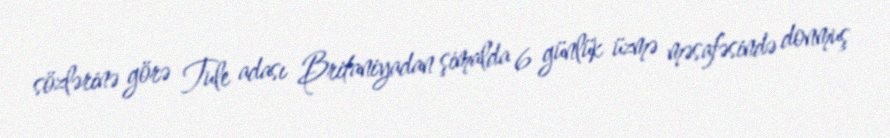
sözlərinə görə Tule adası Britaniyadan şimalda 6 günlük üzmə məsafəsində donmuş